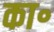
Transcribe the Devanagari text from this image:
का॰